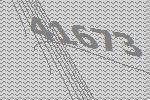
41673